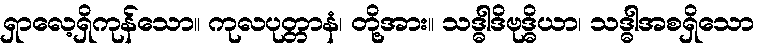
ရှာလေ့ရှိကုန်သော။ ကုလပုတ္တာနံ၊ တို့အား။ သဒ္ဓါဒိဗုဒ္ဓိယာ၊ သဒ္ဓါအစရှိသော